Cultivation of the bacillus of leprosy and the treatment of cases by means of a vaccine prepared from the cultivations - Number 42
Disease focus: Leprosy
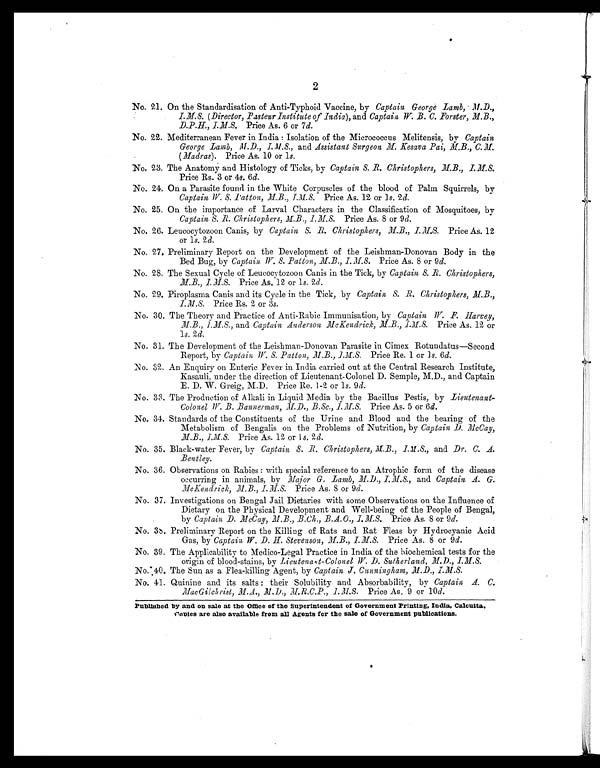
2
No. 21. On the Standardisation of Anti-Typhoid Vaccine, by Captain George Lamb, M.D.,
I.M.S. (Director, Pasteur Institute of India), and Captain W. B. C. Forster, M. B. ,
D.P.H., I.M.S. Price As. 6 or 7d.
No. 22. Mediterranean Fever in India: Isolation of the Micrococcus Melitensis, by Captain
George Lamb, M.D., I.M.S., and Assistant Surgeon M. Kesava Pai,M.B., C.M.
(Madras). Price As. 10 or 1s.
No. 23. The Anatomy and Histology of Ticks, by Captain S. R. Christophers, M.B., I.M.S.
Price Rs. 3 or 4 s. 6d.
No. 24. On a Parasite found in the White Corpuscles of the blood of Palm Squirrels, by
Captain W.S. Patton, M.B., I.M.S. Price As. 12 or 1s. 2 d.
No. 25. On the importance of Larval Characters in the Classification of Mosquitoes, by
Captain S.R. Christophers, M.B., I.M.S. Price As. 8 or 9 d.
No. 26. Leucocytozoon Canis, by Captain S.R. Christophers, M.B., I.M.S. Price As. 12
or 1s. 2d.
No. 27. Preliminary Report on the Development of the Leishman-Donovan Body in the
Bed Bug, by Captain W.S. Patton, M.B., I.M.S. Price As. 8 or 9d.
No. 28. The Sexual Cycle of Leucocytozoon Canis in the Tick, by Captain S.R. Christophers,
M.B., I.M.S. Price As. 12 or 1s. 2d.
No. 29. Piroplasma Canis and its Cycle in the Tick, by Captain, S.R. Christophers, M.B.,
I.M.S. Price Rs. 2 or 3 s.
No. 30. The Theory and Practice of Anti-Rabic Immunisation, by Captain W. F. Harvey,
M.B., I.M.S., and Captain Anderson McKendrich, M.B., I.M.S.P r i c e A s . 1 2 o r
1s. 2 d.
No. 31. The Development of the Leishman-Donovan Parasite in Cimex Rotundatus-Second
Report, by Captain, W. S. Patton, M.B., I.M.S., Price Re. 1 or 1s. 6d.
No. 32. An Enquiry on Enteric Fever in India carried out at the Central Research Institute,
Kasauli, under the direction of Lieutenant-Colonel D. Semple, M.D., and Captain
E. D. W. Greig, M.D. Price Re. 1-2 or 1s. 9 d.
No. 33. The Production of Alkali in Liquid Media by the Bacillus Pestis, by Lieutenant-
Colonel W.B. Bannerman, M.D., B.Sc., I.M.S. Price As. 5 or 6 d.
No. 34. Standards of the Constituents of the Urine and Blood and the bearing of the
Metabolism of Bengalis on the Problems of Nutrition, by Captain D. McCay,
M.B., I.M.S. Price As. 12 or 1s. 2 d.
No. 35. Black-water Fever, by Captain S.R. Christophers,M.B., I.M.S.,
and Dr. C. A.
Bentley.
No. 36. Observations on Rabies: with special reference to an Atrophic form of the disease
occurring in animals, by Major G. Lamb, M.D., I.M.S., and Captain A. G.
McKendrick, M.B., I.M.S. Price As. 8 or 9 d.
No. 37. Investigations on Bengal Jail Dietaries with some Observations on the Influence of
Dietary on the Physical Development and Well-being of the People of Bengal,
by Captain D. McCay, M.B., B.Ch., B.A.O., I.M.S. Price As. 8 or 9d.
No. 38. Preliminary Report on the Killing of Rats and Rat Fleas by Hydrocyanic Acid
Gas, by Captain W. D. H. Stevenson, M.B., I.M.S. Price As. 8 or 9 d.
No. 39. The Applicability to Medico-Legal Practice in India of the biochemical tests for the
origin of blood-stains, by Lieutenant-Colonel W.D. Sutherland, M.D., I.M.S.
No. 40. The Sun as a Flea-killing Agent, by Captain J. Cunningham, I.M.S.
No. 41. Quinine and its salts: their Solubility and Absorbability, by Captain A. C.
MacGilchrist, M.A., M.D., M.R.C.P., I.M.S. Price As. 9 or 10 d.
Published by and on sale at the Office of the Superintendent of Government Printing, India, Calcutta.
Copies are also available from all Agents for the sale of Government publications.